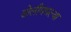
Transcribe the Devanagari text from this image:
ढोलीमधल्या